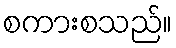
စကားစသည်။